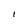
Character: 1